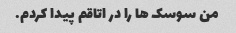
من سوسک ها را در اتاقم پیدا کردم.